Annual statistical returns and brief notes on vaccination in Bengal - 1896-1909
Year: 1896
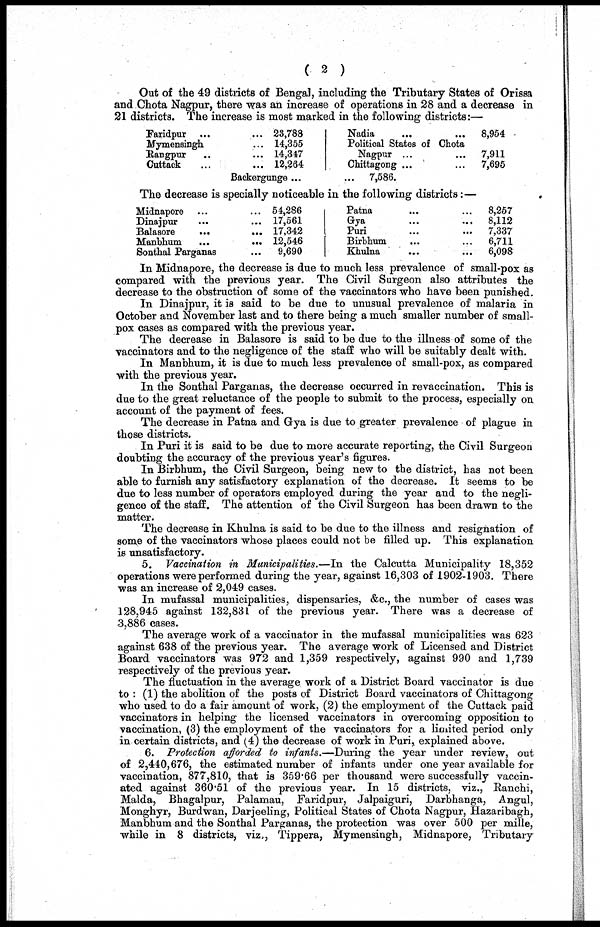
( 2 )
Out of the 49 districts of Bengal, including the Tributary States of Orissa
and Chota Nagpur, there was an increase of operations in 28 and a decrease in
21 districts. The increase is most marked in the following districts:—
Faridpur ... ...
Mymensingh ... ...
Rangpur ... ...
Cuttack ... ...
23,788
14,355
14,347
12,264
Nadia
...
...
Political States of Chota
Nagpur ...
Chittagong ... ...
Backergunge ... ...
8,954
7,911
7,695
7,586.
The decrease is specially noticeable in the following districts:—
Midnapore ... ...
Dinajpur ... ...
Balasore
...
...
Manbhum
...
...
Sonthal Parganas ... ...
54,286
17,561
17,342
12,546
9,690
Patna ... ...
Gya
...
...
Puri ... ...
Birbhum ... ...
Khulna ... ...
8,257
8,112
7,337
6,711
6,098
In Midnapore, the decrease is due to much less prevalence of small-pox as
compared with the previous year. The Civil Surgeon also attributes the
decrease to the obstruction of some of the vaccinators who have been punished.
In Dinajpur, it is said to be due to unusual prevalence of malaria in
October and November last and to there being a much smaller number of small-
pox cases as compared with the previous year.
The decrease in Balasore is said to be due to the illness of some of the
vaccinators and to the negligence of the staff who will be suitably dealt with.
In Manbhum, it is due to much less prevalence of small-pox, as compared
with the previous year.
In the Sonthal Parganas, the decrease occurred in revaccination. This is
due to the great reluctance of the people to submit to the process, especially on
account of the payment of fees.
The decrease in Patna and Gya is due to greater prevalence of plague in
those districts.
In Puri it is said to be due to more accurate reporting, the Civil Surgeon
doubting the accuracy of the previous year's figures.
In Birbhum, the Civil Surgeon, being new to the district, has not been
able to furnish any satisfactory explanation of the decrease. It seems to be
due to less number of operators employed during the year and to the negli-
gence of the staff. The attention of the Civil Surgeon has been drawn to the
matter.
The decrease in Khulna is said to be due to the illness and resignation of
some of the vaccinators whose places could not be filled up. This explanation
is unsatisfactory.
5. Vaccination in Municipalities.—In the Calcutta Municipality 18,352
operations were performed during the year, against 16,303 of 1902-1903. There
was an increase of 2,049 cases.
In mufassal municipalities, dispensaries, &c., the number of cases was
128,945 against 132,831 of the previous year. There was a decrease of
3,886 cases.
The average work of a vaccinator in the mufassal municipalities was 623
against 638 of the previous year. The average work of Licensed and District
Board vaccinators was 972 and 1,359 respectively, against 990 and 1,739
respectively of the previous year.
The fluctuation in the average work of a District Board vaccinator is due
to : (1) the abolition of the posts of District Board vaccinators of Chittagong
who used to do a fair amount of work, (2) the employment of the Cuttack paid
vaccinators in helping the licensed vaccinators in overcoming opposition to
vaccination, (3) the employment of the vaccinators for a limited period only
in certain districts, and (4) the decrease of work in Puri, explained above.
6. Protection afforded to infants.—During the year under review, out
of 2,440,676, the estimated number of infants under one year available for
vaccination, 877,810, that is 359.66 per thousand were successfully vaccin-
ated against 360.51 of the previous year. In 15 districts, viz., Ranchi,
Malda, Bhagalpur, Palamau, Faridpur, Jalpaiguri, Darbhanga, Angul,
Monghyr, Burdwan, Darjeeling, Political States of Chota Nagpur, Hazaribagh,
Manbhum and the Sonthal Parganas, the protection was over 500 per mille,
while in 8 districts, viz., Tippera, Mymensingh, Midnapore, Tributary